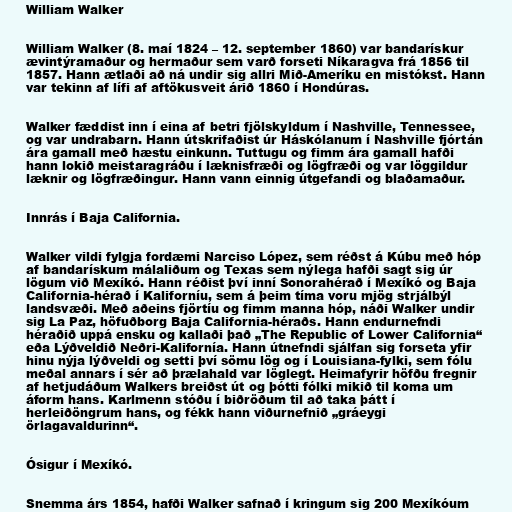
William Walker

William Walker (8. maí 1824 – 12. september 1860) var bandarískur
ævintýramaður og hermaður sem varð forseti Níkaragva frá 1856 til
1857. Hann ætlaði að ná undir sig allri Mið-Ameríku en mistókst. Hann
var tekinn af lífi af aftökusveit árið 1860 í Hondúras.

Walker fæddist inn í eina af betri fjölskyldum í Nashville, Tennessee,
og var undrabarn. Hann útskrifaðist úr Háskólanum í Nashville fjórtán
ára gamall með hæstu einkunn. Tuttugu og fimm ára gamall hafði
hann lokið meistaragráðu í læknisfræði og lögfræði og var löggildur
læknir og lögfræðingur. Hann vann einnig útgefandi og blaðamaður.

Innrás í Baja California.

Walker vildi fylgja fordæmi Narciso López, sem réðst á Kúbu með hóp
af bandarískum málaliðum og Texas sem nýlega hafði sagt sig úr
lögum við Mexíkó. Hann réðist því inní Sonorahérað í Mexíkó og Baja
California-hérað í Kaliforníu, sem á þeim tíma voru mjög strjálbýl
landsvæði. Með aðeins fjörtíu og fimm manna hóp, náði Walker undir
sig La Paz, höfuðborg Baja California-héraðs. Hann endurnefndi
héraðið uppá ensku og kallaði það „The Republic of Lower California“
eða Lýðveldið Neðri-Kalifornía. Hann útnefndi sjálfan sig forseta yfir
hinu nýja lýðveldi og setti því sömu lög og í Louisiana-fylki, sem fólu
meðal annars í sér að þrælahald var löglegt. Heimafyrir höfðu fregnir
af hetjudáðum Walkers breiðst út og þótti fólki mikið til koma um
áform hans. Karlmenn stóðu í biðröðum til að taka þátt í
herleiðöngrum hans, og fékk hann viðurnefnið „gráeygi
örlagavaldurinn“.

Ósigur í Mexíkó.

Snemma árs 1854, hafði Walker safnað í kringum sig 200 Mexíkóum